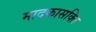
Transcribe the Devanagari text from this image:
मादकासक्ति